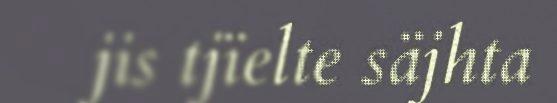
jis tjïelte säjhta